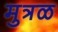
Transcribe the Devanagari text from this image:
मुत्रळ